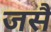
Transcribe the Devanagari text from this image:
जसै